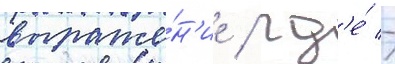
выраже́н'ие / гд'е́ -